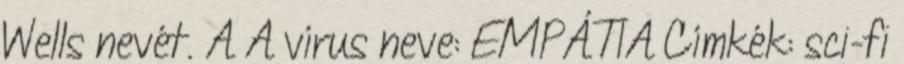
Wells nevét. A A vírus neve: EMPÁTIA Címkék: sci-fi